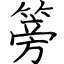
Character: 篣